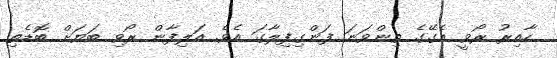
ހާއިރު ރޯވީ އެގޭގެ ތިންވަނަ ފަންގިފިލާގަ އެވެ. އަލިފާން ރޯވި ބަޔަށް ބޮޑެތި